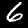
Label: 6